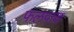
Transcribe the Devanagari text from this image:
फलपाक